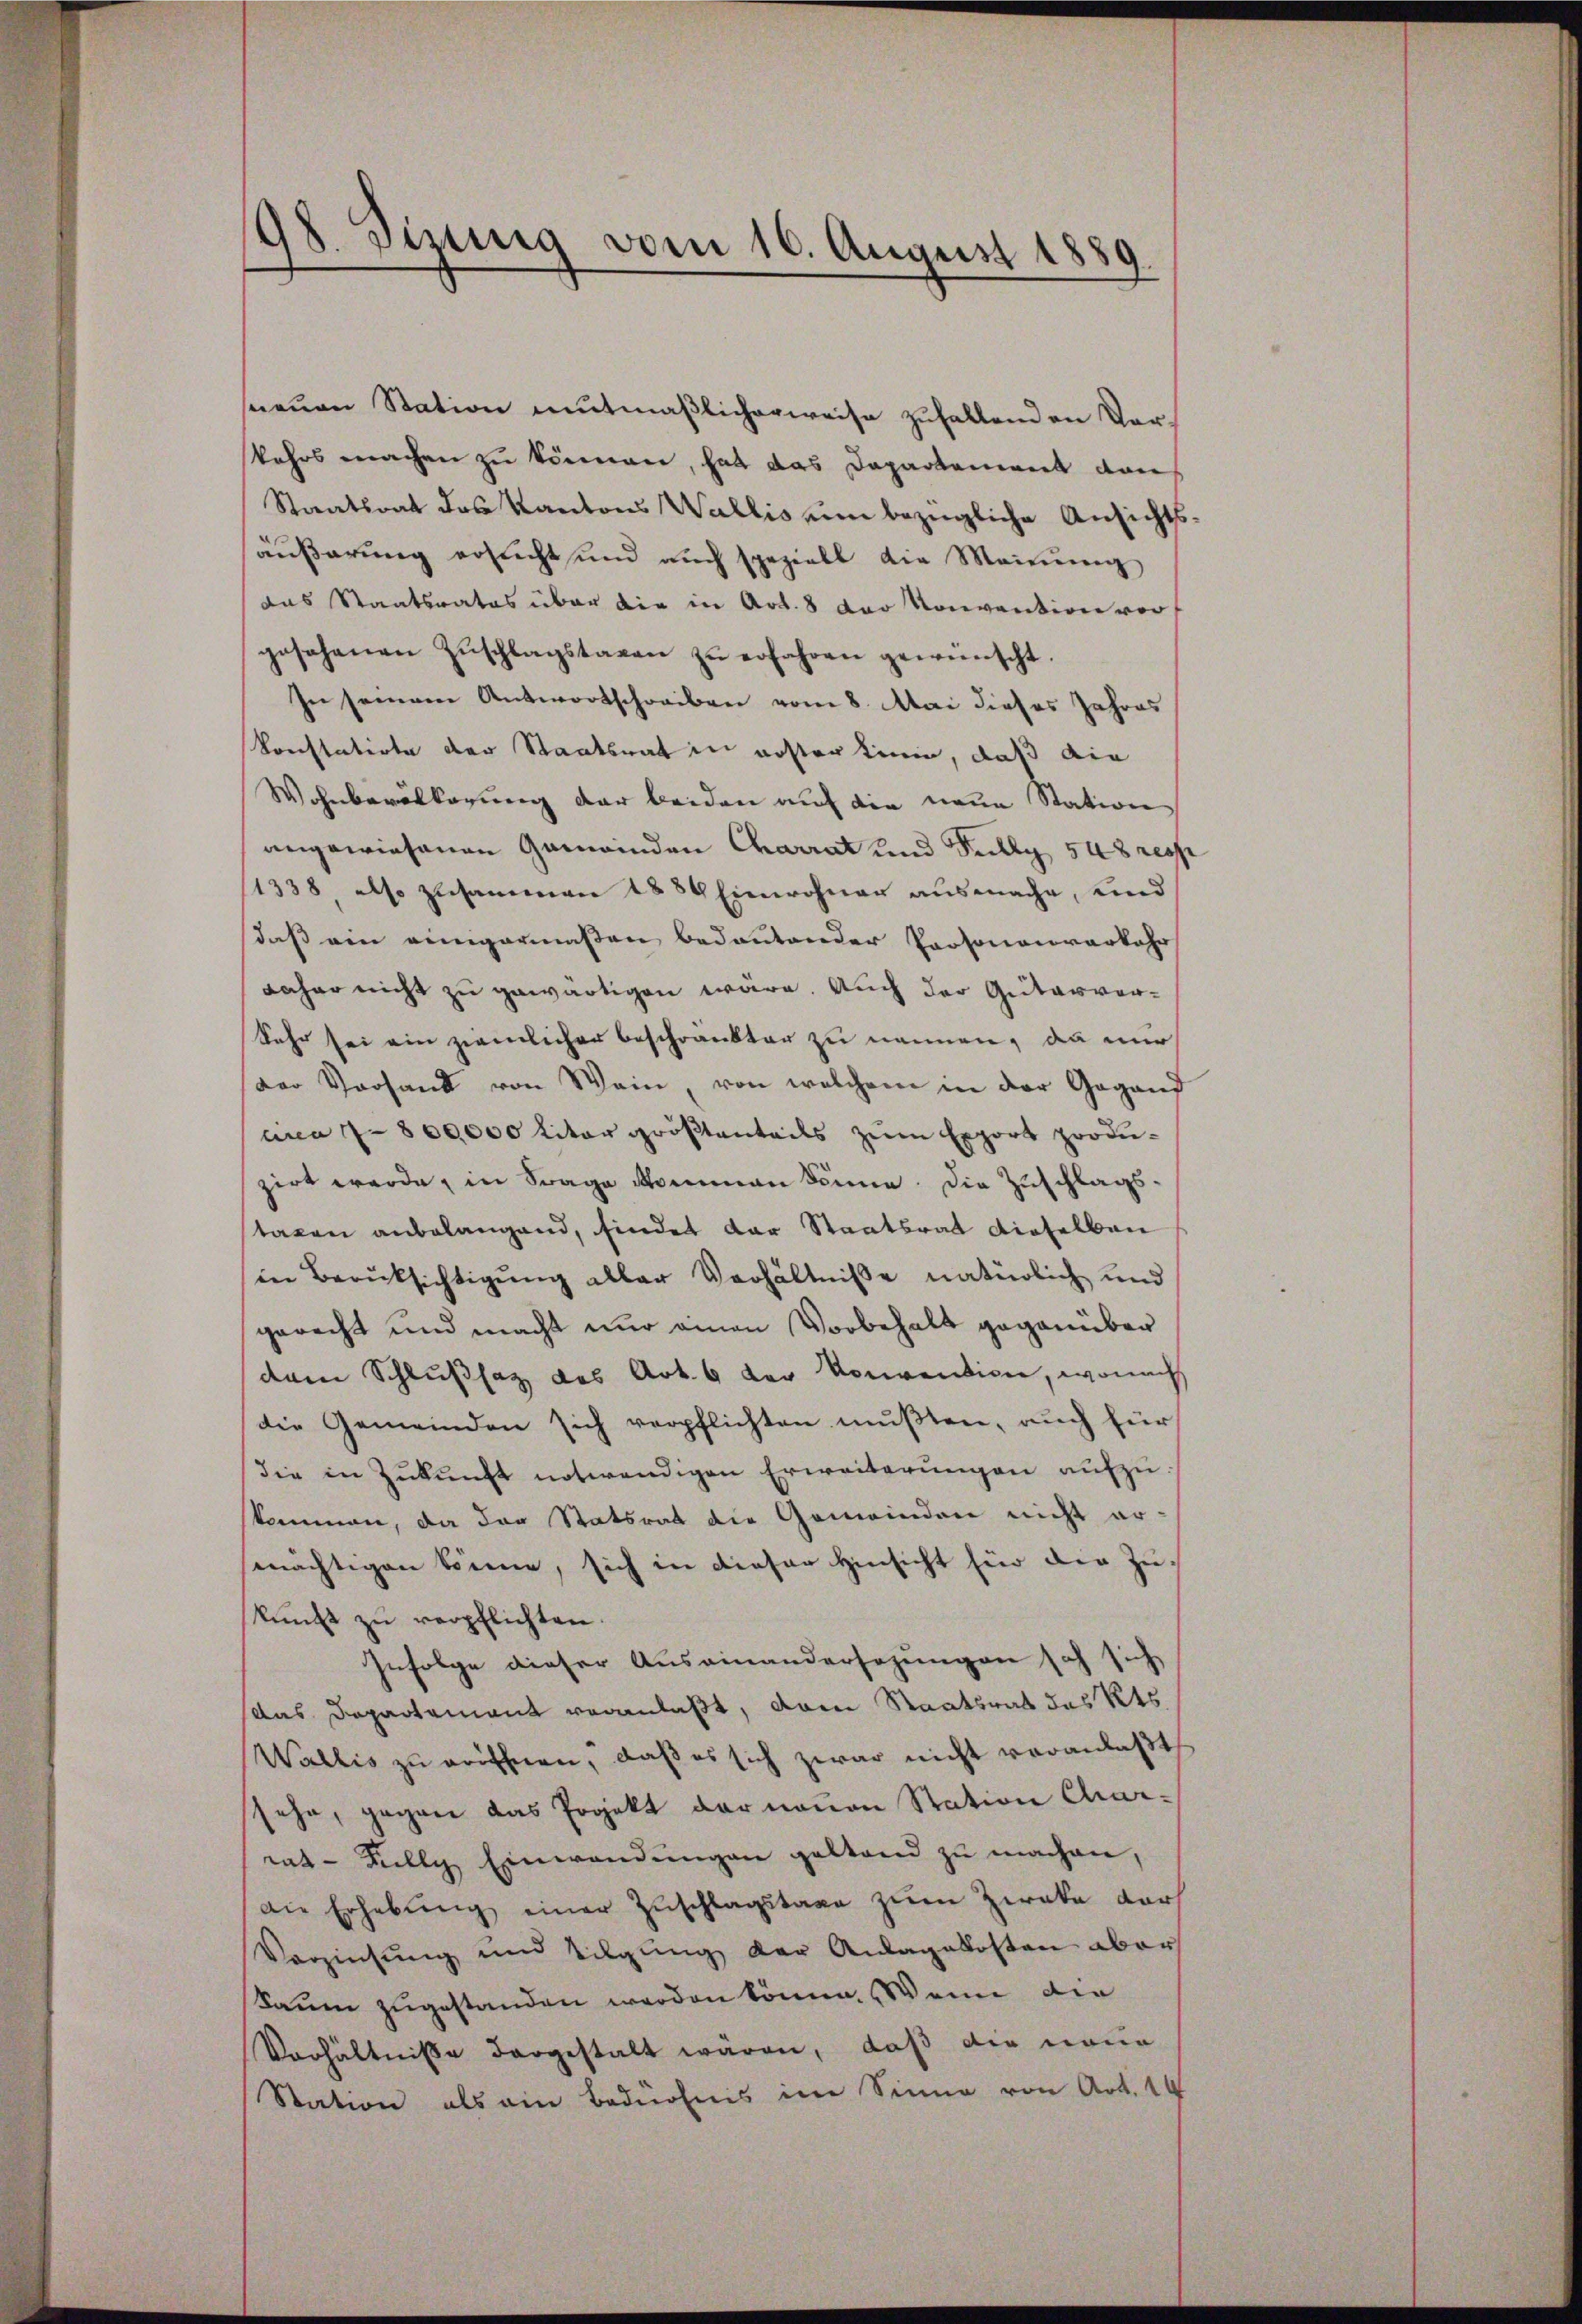
98. Sizung vom 16. August 1889.

neŭen Station mutmaßlicherweise zuhaltenden Vor-
kehrs machen zŭ können, hat das Departement von
Staatsrat das Kantons Wallis ein bezügliche Ansichts-
äußerung ersucht und auch speziell die Meinung
das Staatsrates über die in Art. 8 der Konvention vor
gesehenen Zŭschlagstaxen zŭ erfahren gewünscht.
In seinem Antwortschreiben vom 8. Mai dieses Jahres
konstatirte der Staatsrat in erster Linie, daß die
Wohnberalkerung der beiden auf die neue Station
angewiesenen Gemeinden Charrat und Selly 548 resp
1338 also zusammen 1886 Einwohner ausmache, und
daß ein einigermaßen bedeutender Personenverkehr
daher nicht zu gewärtigen wäre. Auch der Güterver¬
Sehr sei ein ziemlicher beschränkten zu nennen, da nur
Der Vorhand von Wein, von welchem in der Gegend
anca 7- 800000 liter größtenteils zum Export produ-
zirt werde, in Frage kommen könne. Die Zuschlagstaxen anbelangend, findet der Staatsrat dieselben
in Berücksichtigung aller Verhältniße natürlich und
gerecht und macht nur einen Vorbehalt gegenüber
dem Schlußsatz des Art. 6 der Konvention, wonach
die Gemeinden sich verpflichten mußten, auch für
die in Zŭkŭnft notwendigen Erweiterŭngen aufzuskommen, da das Statsrat die Gemeinden nicht ar-
mächtigen könne, sich in dieser Hinsicht für die Zukŭnft zŭ verpflichten.
Zufolge dieser Auseinandersezungen sich sich
das Departement veranlaßt, dem Staatsrat des Kts.
Wallis zu eröffnen, daβ es sich zwar nicht veranlaßt
sehe, gegen das Projekt der neuen Station Charrat- Fully Einwendŭngen geltend zu machen,
Die Erhebŭng einer Zuschlagstaxe zum Zweke darf
Verzinsung und Tilgung der Anlagekosten aber
Saum zugestanden werden könne. Wenn die
Verhältnisse dargestalt wären, daß die neue
Station als ein bedürfnis in Sinne von Art. 14